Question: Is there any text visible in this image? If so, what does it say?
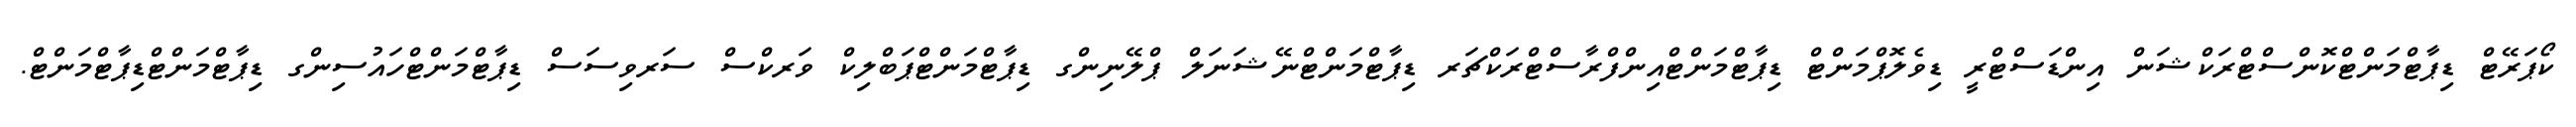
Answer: ކޯޕަރޭޓް ޑިޕާޓްމަންޓްކޮންސްޓްރަކްޝަން އިންޑަސްޓްރީ ޑިވެލޮޕްމަންޓް ޑިޕާޓްމަންޓްއިންފްރާސްޓްރަކްޗަރ ޑިޕާޓްމަންޓްނޭޝަނަލް ޕްލޭނިންގ ޑިޕާޓްމަންޓްޕަބްލިކް ވަރކްސް ސަރވިސަސް ޑިޕާޓްމަންޓްހައުސިންގ ޑިޕާޓްމަންޓްޑިޕާޓްމަންޓް.